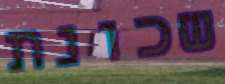
שכונת